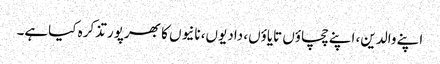
اپنے والدین، اپنے چچاؤں تایاؤں، دادیوں، نانیوں کا بھرپور تذکرہ کیاہے۔